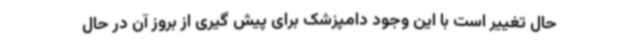
حال تغییر است با این وجود دامپزشک برای پیش گیری از بروز آن در حال